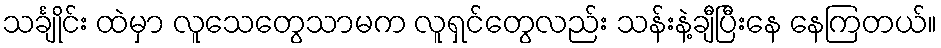
သင်္ချိုင်း ထဲမှာ လူသေတွေသာမက လူရှင်တွေလည်း သန်းနဲ့ချီပြီးနေ နေကြတယ်။